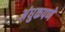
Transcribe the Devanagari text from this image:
अंधुकपणे